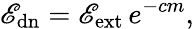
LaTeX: \mathscr{E}_{\mathrm{{{dn}}}}=\mathscr{E}_{\mathrm{{{ext}}}}\, e^{-cm},